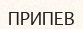
ПРИПЕВ